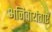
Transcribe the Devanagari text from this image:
अनिवार्यताएँ